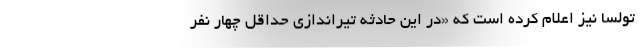
تولسا نیز اعلام کرده است که «در این حادثه تیراندازی حداقل چهار نفر